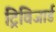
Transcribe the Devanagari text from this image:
ट्रिविजार्ड